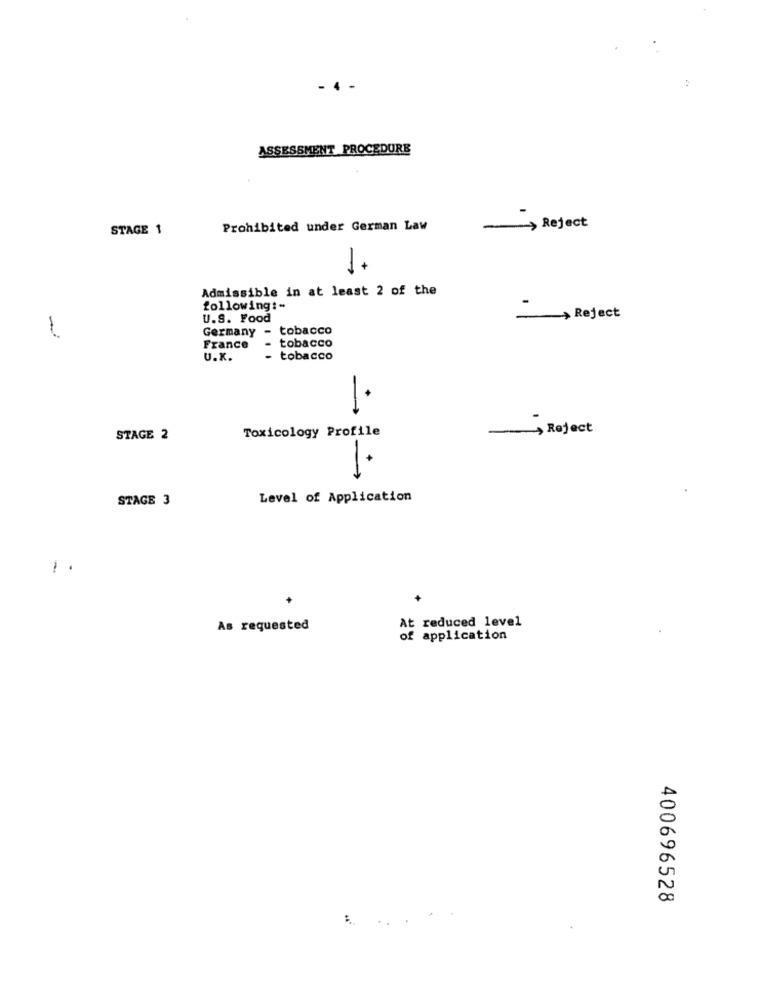
ASSESSMENT PROCEDURE
STAGE 1
Prohibited under German Law
-> Reject
1+
Admissible in at least 2 of the
following :-
U.S. Food
-> Reject
1
Germany
tobacco
France
- tobacco
U.K.
- tobacco
Toxicology Profile
-> Reject
STAGE 2
1.
STAGE 3
Level of Application
!.
At reduced level
As requested
of application
400696528